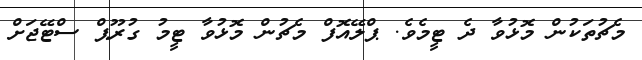
މެޗުތަކުން މޮޅުވާ ދެ ޓީމެވެ. ޕްލޭއޮފް މެޗުން މޮޅުވާ ޓީމު ގުރޫޕް ސްޓޭޖަށް